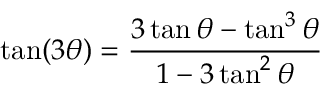
\tan ( 3 \theta ) = { \frac { 3 \tan \theta - \tan ^ { 3 } \theta } { 1 - 3 \tan ^ { 2 } \theta } }